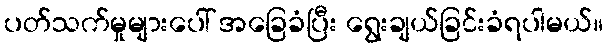
ပတ်သက်မှုများပေါ် အခြေခံပြီး ရွေးချယ်ခြင်းခံရပါမယ်။